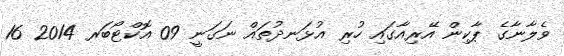
ވެލާނާގެ ޕާކިން އޭރިއާގައި ހުރި އުޅަނދުތައް ނަގަނީ 09 އޮކްޓޯބަރ 2014 16